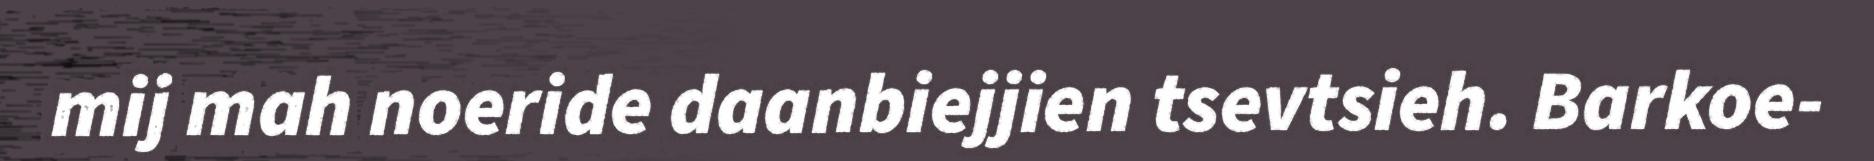
mij mah noeride daanbiejjien tsevtsieh. Barkoe-